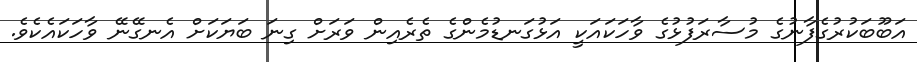
އަބޫބަކުރުގެފާނުގެ މުސާރަފުޅުގެ ވާހަކައަކީ އަޅުގަނޑުމެންގެ ތެރެއިން ވަރަށް ގިނަ ބަޔަކަށް އެނގޭނޭ ވާހަކައެކެވެ.